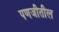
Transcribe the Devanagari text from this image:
पणजीतील